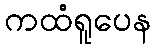
ကထံရူပေန